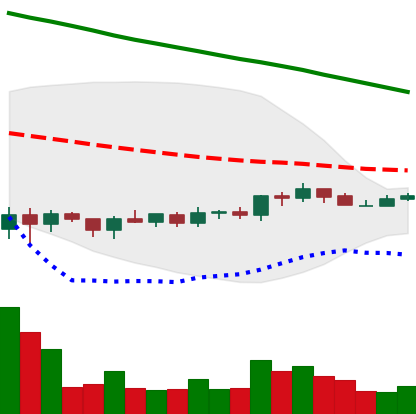
Ticker: ADA-USD
Chart end date: 2019-10-14
Forward return: -6.136%
Label: down_5_7